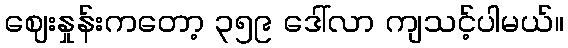
ဈေးနှုန်းကတော့ ၃၅၉ ဒေါ်လာ ကျသင့်ပါမယ်။